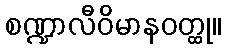
စဏ္ဍာလီဝိမာနဝတ္ထု။